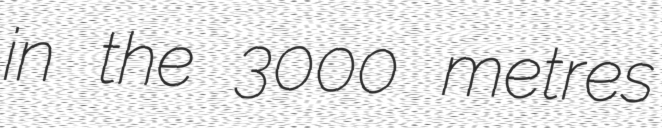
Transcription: in the 3000 metres